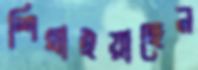
শিখাইয়াছেন